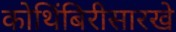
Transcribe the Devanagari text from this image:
कोथिंबिरीसारखे